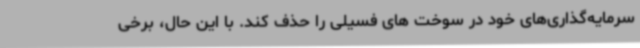
سرمایه‌گذاری‌های خود در سوخت های فسیلی را حذف کند. با این حال، برخی